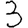
Digit: 3